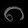
Digit: ၈